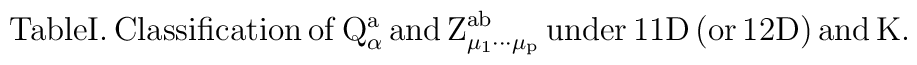
\rm{Table I.\, Classification\, of\, }Q_\alpha ^a\rm{\, and\, Z}_{\mu _1\cdots \mu_p}^{ab}\rm{\, under\, 11D\, (or\, 12D)\, and\, }K\rm{.}